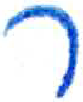
אות: ר